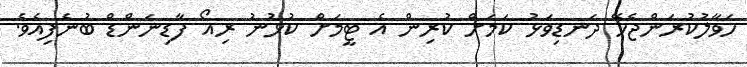
ހަވާލުކުރަންޖެހޭ ދަނޑިވަޅު ކަމަށް ކުރިން އެ ޓީމަށް ކުޅުނު ރިއޯ ފާޑިނަންޑް ބުނެފިއެވެ.